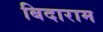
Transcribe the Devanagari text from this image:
बिदाराम